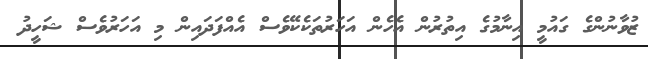
ޒުވާނުންގެ ގައުމީ އިނާމުގެ އިތުރުން އެހެން އަހަރުތަކެކޭވެސް އެއްފަދައިން މި އަހަރުވެސް ޝަހީދު